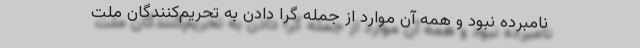
نامبرده نبود و همه آن موارد از جمله گرا دادن به تحریم‌کنندگان ملت